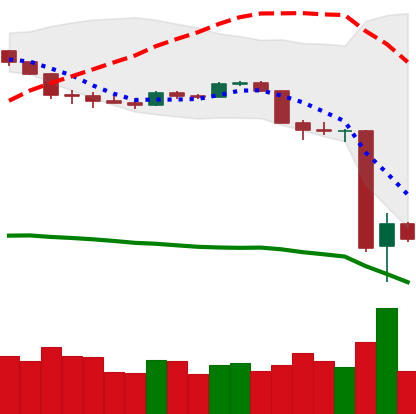
Ticker: BTC-USD
Chart end date: 2020-03-14
Forward return: 19.053%
Label: up_7plus